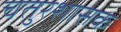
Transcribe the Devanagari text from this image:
चतुरशासक